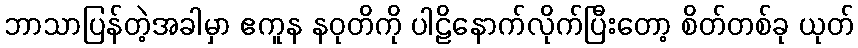
ဘာသာပြန်တဲ့အခါမှာ ဧကူန နဝုတိကို ပါဠိနောက်လိုက်ပြီးတော့ စိတ်တစ်ခု ယုတ်